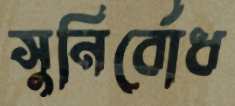
সুনির্বোধ